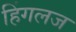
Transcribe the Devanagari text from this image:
हिंगलज